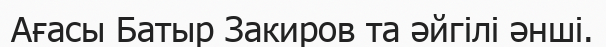
Ағасы Батыр Закиров та әйгілі әнші.